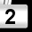
Digit: 2